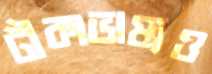
টীকাভাষ্যও